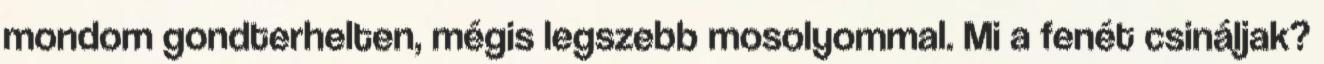
mondom gondterhelten, mégis legszebb mosolyommal. Mi a fenét csináljak?